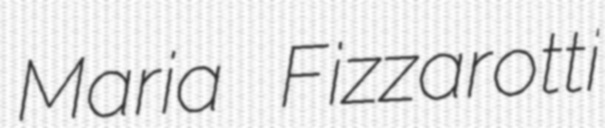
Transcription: Maria Fizzarotti